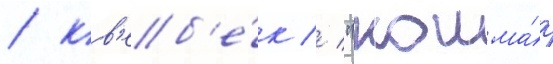
/ кв'еб'е́к // "кошма́р